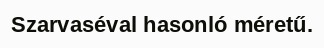
Szarvaséval hasonló méretű.